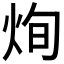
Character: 𤈎